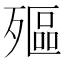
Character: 𣩛